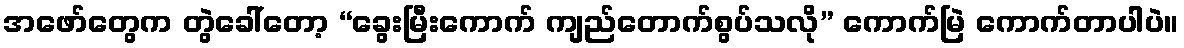
အဖော်တွေက တွဲခေါ်တော့ “ခွေးမြီးကောက် ကျည်တောက်စွပ်သလို” ကောက်မြဲ ကောက်တာပါပဲ။